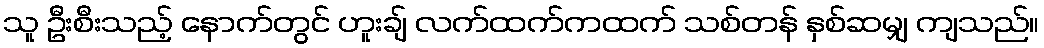
သူ ဦးစီးသည့် နောက်တွင် ဟူးချ် လက်ထက်ကထက် သစ်တန် နှစ်ဆမျှ ကျသည်။